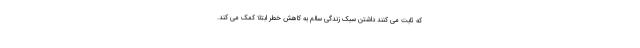
که ثابت می کنند داشتن سبک زندگی سالم به کاهش خطر ابتلا کمک می کند.